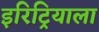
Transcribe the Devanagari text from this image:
इरिट्रियाला